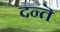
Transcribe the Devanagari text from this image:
दन्तॆ